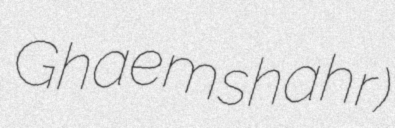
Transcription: Ghaemshahr)